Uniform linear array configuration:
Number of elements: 4
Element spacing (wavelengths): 0.25
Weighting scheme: exponential
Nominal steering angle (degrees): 0
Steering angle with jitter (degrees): -1.053
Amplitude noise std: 0.05
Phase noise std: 0.05

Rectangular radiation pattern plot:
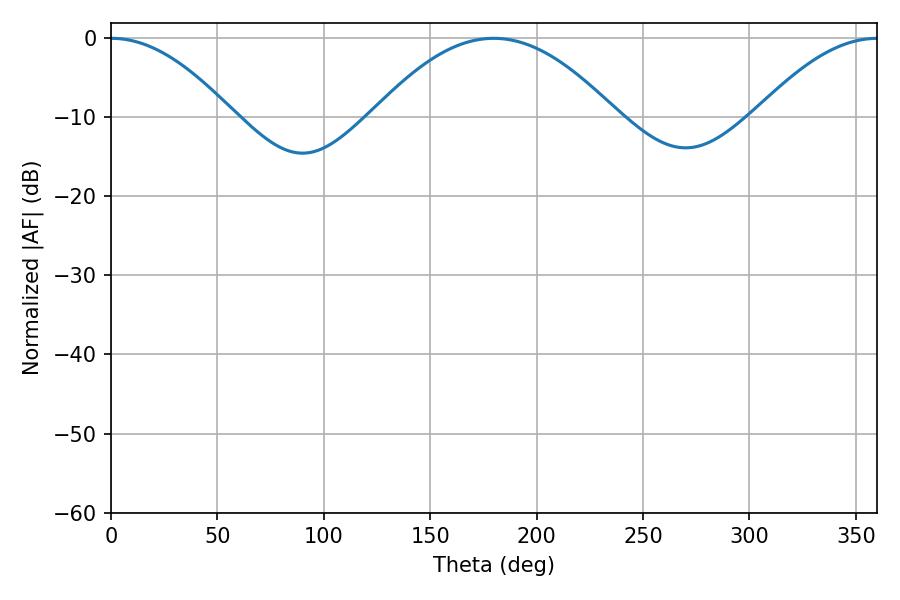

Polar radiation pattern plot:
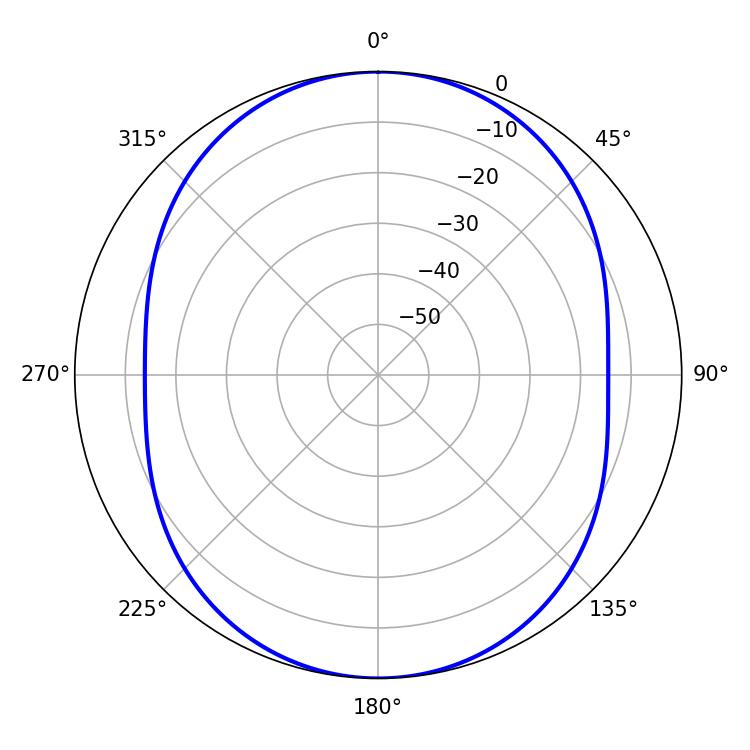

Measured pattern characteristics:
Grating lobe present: FALSE
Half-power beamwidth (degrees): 31.32
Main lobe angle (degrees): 0.18